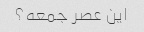
این عصر جمعه؟